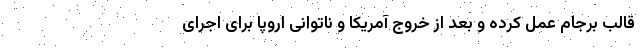
قالب برجام عمل کرده و بعد از خروج آمریکا و ناتوانی اروپا برای اجرای